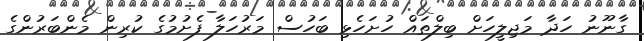
ގާނޫނު ހަދާ މަޖިލީހަށް ބިލްތައް ހުށަހެޅި ބަހުސް މަރުހަލާ ފެށުމުގެ ކުރިން މެންބަރުންގެ